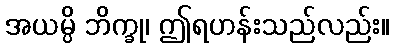
အယမ္ပိ ဘိက္ခု၊ ဤရဟန်းသည်လည်း။